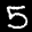
Label: 5